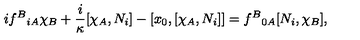
i f ^ { B } { } _ { i A } \chi _ { B } + \frac { i } \kappa [ \chi _ { A } , N _ { i } ] - [ x _ { 0 } , [ \chi _ { A } , N _ { i } ] ] = f ^ { B } { } _ { 0 A } [ N _ { i } , \chi _ { B } ] ,